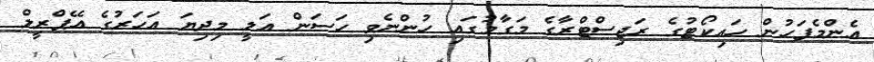
އެންމެފަހުން ހައިކޯޓުގެ ރަޖިސްޓްރާގެ މަގާމުގައި ހުންނެވި ހަސަން އަލީ މިދިޔަ އަހަރުގެ އޭޕްރީލް